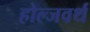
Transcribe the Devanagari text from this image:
होल्जवर्थ